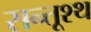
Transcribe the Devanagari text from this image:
सन्तूश्थ